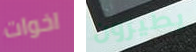
اخوات يطيرون